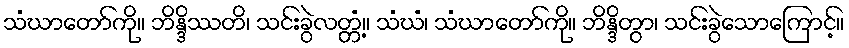
သံဃာတော်ကို။ ဘိန္ဒိဿတိ၊ သင်းခွဲလတ္တံ့။ သံဃံ၊ သံဃာတော်ကို။ ဘိန္ဒိတွာ၊ သင်းခွဲသောကြောင့်။